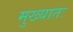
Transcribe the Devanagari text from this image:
मुख्यातः